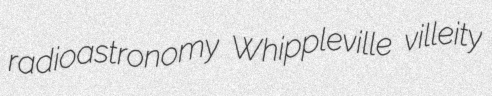
radioastronomy Whippleville villeity